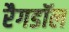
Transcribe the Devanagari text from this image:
रैगडॉल